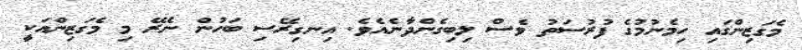
މެގަޒިންގައި ހިމެނުމުގެ ފުރުސަތު ވެސް ލިބިގެންދާނެއެވެ. އިނގިރޭސި ބަހުން ނެރޭ މި މެގަޒިންއަކީ